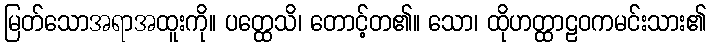
မြတ်သောအရာအထူးကို။ ပတ္ထေသိ၊ တောင့်တ၏။ သော၊ ထိုဟတ္ထာဠဝကမင်းသား၏